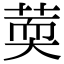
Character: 䓴